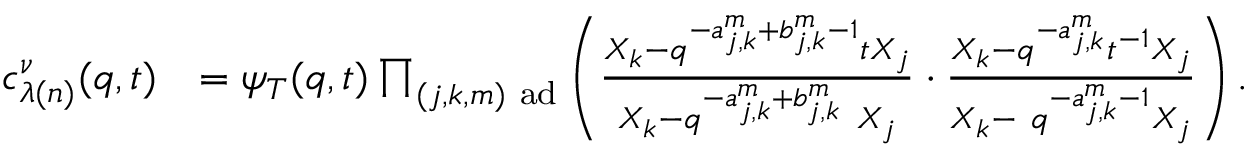
\begin{array} { r l } { c _ { \lambda ( n ) } ^ { \nu } ( q , t ) } & { = \psi _ { T } ( q , t ) \prod _ { ( j , k , m ) \mathrm { ~ a d } } \left( \frac { X _ { k } - q ^ { - a _ { j , k } ^ { m } + b _ { j , k } ^ { m } - 1 } t X _ { j } } { X _ { k } - q ^ { - a _ { j , k } ^ { m } + b _ { j , k } ^ { m } } \ X _ { j } } \cdot \frac { X _ { k } - q ^ { - a _ { j , k } ^ { m } } t ^ { - 1 } X _ { j } } { X _ { k } - \ q ^ { - a _ { j , k } ^ { m } - 1 } X _ { j } } \right) . } \end{array}